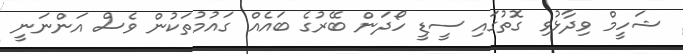
ޝަހީމް ވިދާޅުވި ގޮތުގައި ސީޑީ ހޯދަން ބޭރުގެ ބައެއް ގައުމުތަކުން ވެސް އަންނަނީ